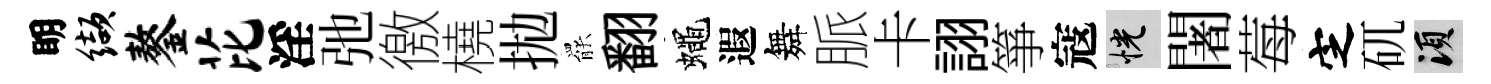
眀缬鏊芘淫弛徼橈拋罷翻蠅遐舞脈卡詡箏寇恍闍莓㝎矹須